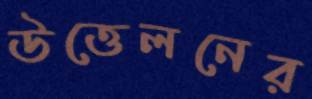
উত্তেলনের